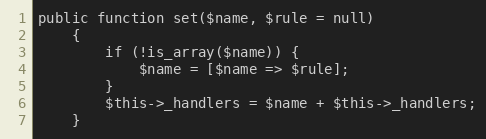
Language: PHP
public function set($name, $rule = null)
    {
        if (!is_array($name)) {
            $name = [$name => $rule];
        }
        $this->_handlers = $name + $this->_handlers;
    }